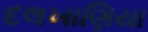
દલખાણિયા